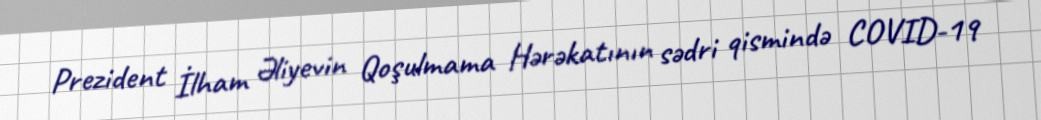
Prezident İlham Əliyevin Qoşulmama Hərəkatının sədri qismində COVID-19